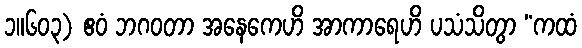
၁။၆၀၃) ဧဝံ ဘဂဝတာ အနေကေဟိ အာကာရေဟိ ပသံသိတွာ “ကထံ